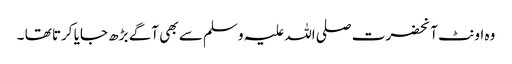
وہ اونٹ آنحضرت صلی اللہ علیہ وسلم سے بھی آگے بڑھ جایا کرتا تھا ۔